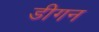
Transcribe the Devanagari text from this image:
डीगन